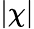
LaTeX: |\chi|